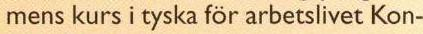
mens kurs i tyska för arbetslivet Kon-